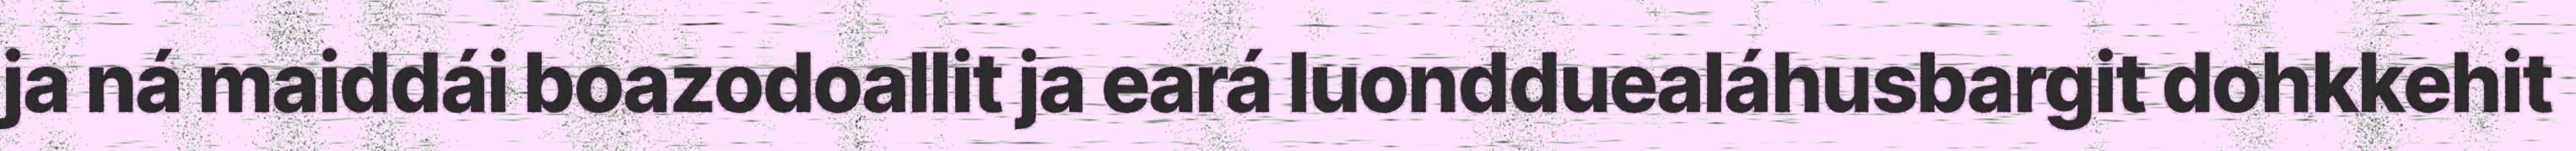
ja ná maiddái boazodoallit ja eará luondduealáhusbargit dohkkehit